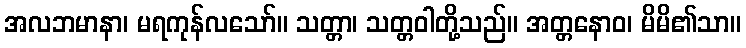
အလဘမာနာ၊ မရကုန်လသော်။ သတ္တာ၊ သတ္တဝါတို့သည်။ အတ္တနောဝ၊ မိမိ၏သာ။